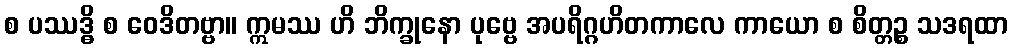
စ ပဿဒ္ဓိ စ ဝေဒိတဗ္ဗာ။ ဣမဿ ဟိ ဘိက္ခုနော ပုဗ္ဗေ အပရိဂ္ဂဟိတကာလေ ကာယော စ စိတ္တဉ္စ သဒရထာ